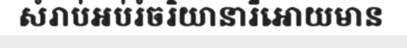
សំរាប់អប់រំចរិយានារីអោយមាន